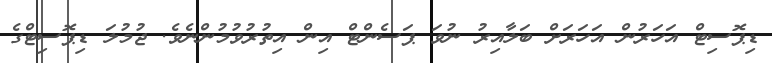
ޑިޕޮސިޓް އަހަރުން އަހަރަށް ބަލާއިރު ނުވަ ޕަސެންޓް އިން އިތުރުވުމުންނެވެ. ޖުމުލަ ޑިޕޮސިޓްގެ